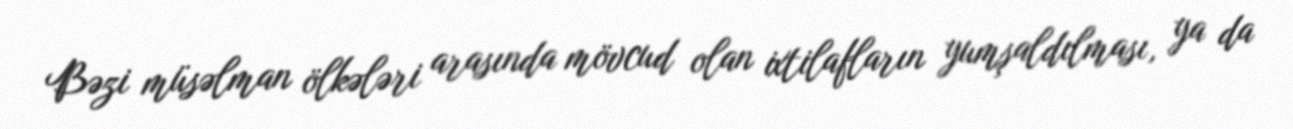
Bəzi müsəlman ölkələri arasında mövcud olan ixtilafların yumşaldılması, ya da